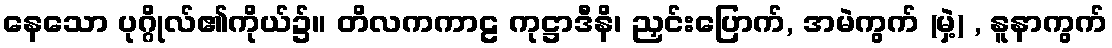
နေသော ပုဂ္ဂိုလ်၏ကိုယ်၌။ တိလကကာဠ ကုဋ္ဌာဒီနိ၊ ညှင်းပြောက်, အမဲကွက် (မှဲ့) , နူနာကွက်